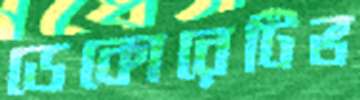
ডেকোরেটিভ